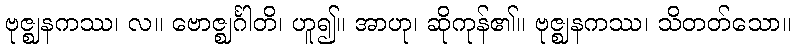
ဗုဇ္ဈနကဿ၊ လ။ ဗောဇ္ဈင်္ဂါတိ၊ ဟူ၍။ အာဟု၊ ဆိုကုန်၏။ ဗုဇ္ဈနကဿ၊ သိတတ်သော။